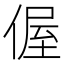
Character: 偓